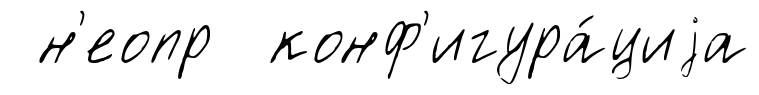
н'еопр конф'игура́циjа